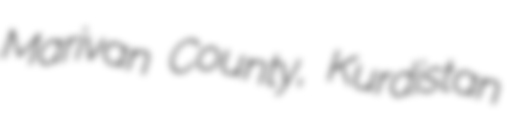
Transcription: Marivan County, Kurdistan